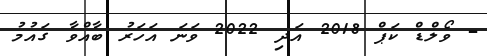
- ވޯލްޑް ކަޕް 2018 އަދި 2022 ވަނަ އަހަރު ބާއްވާ ގައުމު